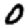
Digit: 0